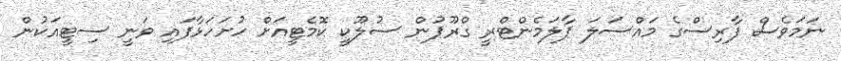
ނަމަވެސް ފާރިސްގެ މައްސަލަ ޕާލަމެންޓްރީ ގްރޫޕުން ސުލޫކީ ކޮމެޓީއަށް ހުށަހަޅާފައި ވަނީ ސިޓީއަކުން